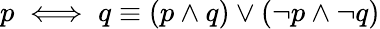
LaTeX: p\iff q\equiv(p\wedge q)\vee(\neg p\wedge\neg q)